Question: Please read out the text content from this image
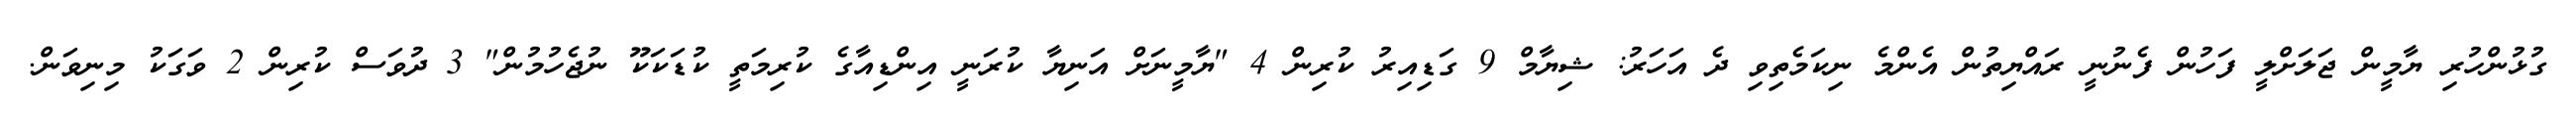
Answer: ގުޅުންހުރި ޔާމީން ޖަލަށްލީ ފަހުން ފެނުނީ ރައްޔިތުން އެންމެ ނިކަމެތިވި ދެ އަހަރު: ޝިޔާމް 9 ގަޑިއިރު ކުރިން 4 "ޔާމީނަށް އަނިޔާ ކުރަނީ އިންޑިއާގެ ކުރިމަތީ ކުޑަކަކޫ ނުޖެހުމުން" 3 ދުވަސް ކުރިން 2 ވަގަކު މިނިވަން.